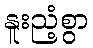
နူးညံ့စွာ